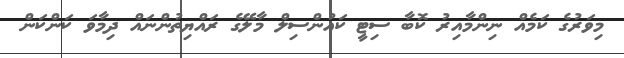
މިވަރުގެ ކަމެއް ނިންމާއިރު ކޮބާ ސިޓީ ކައުންސިިލް މާލޭގެ ރައްޔިތުންނައް ދިމާވަ ކަންކަން